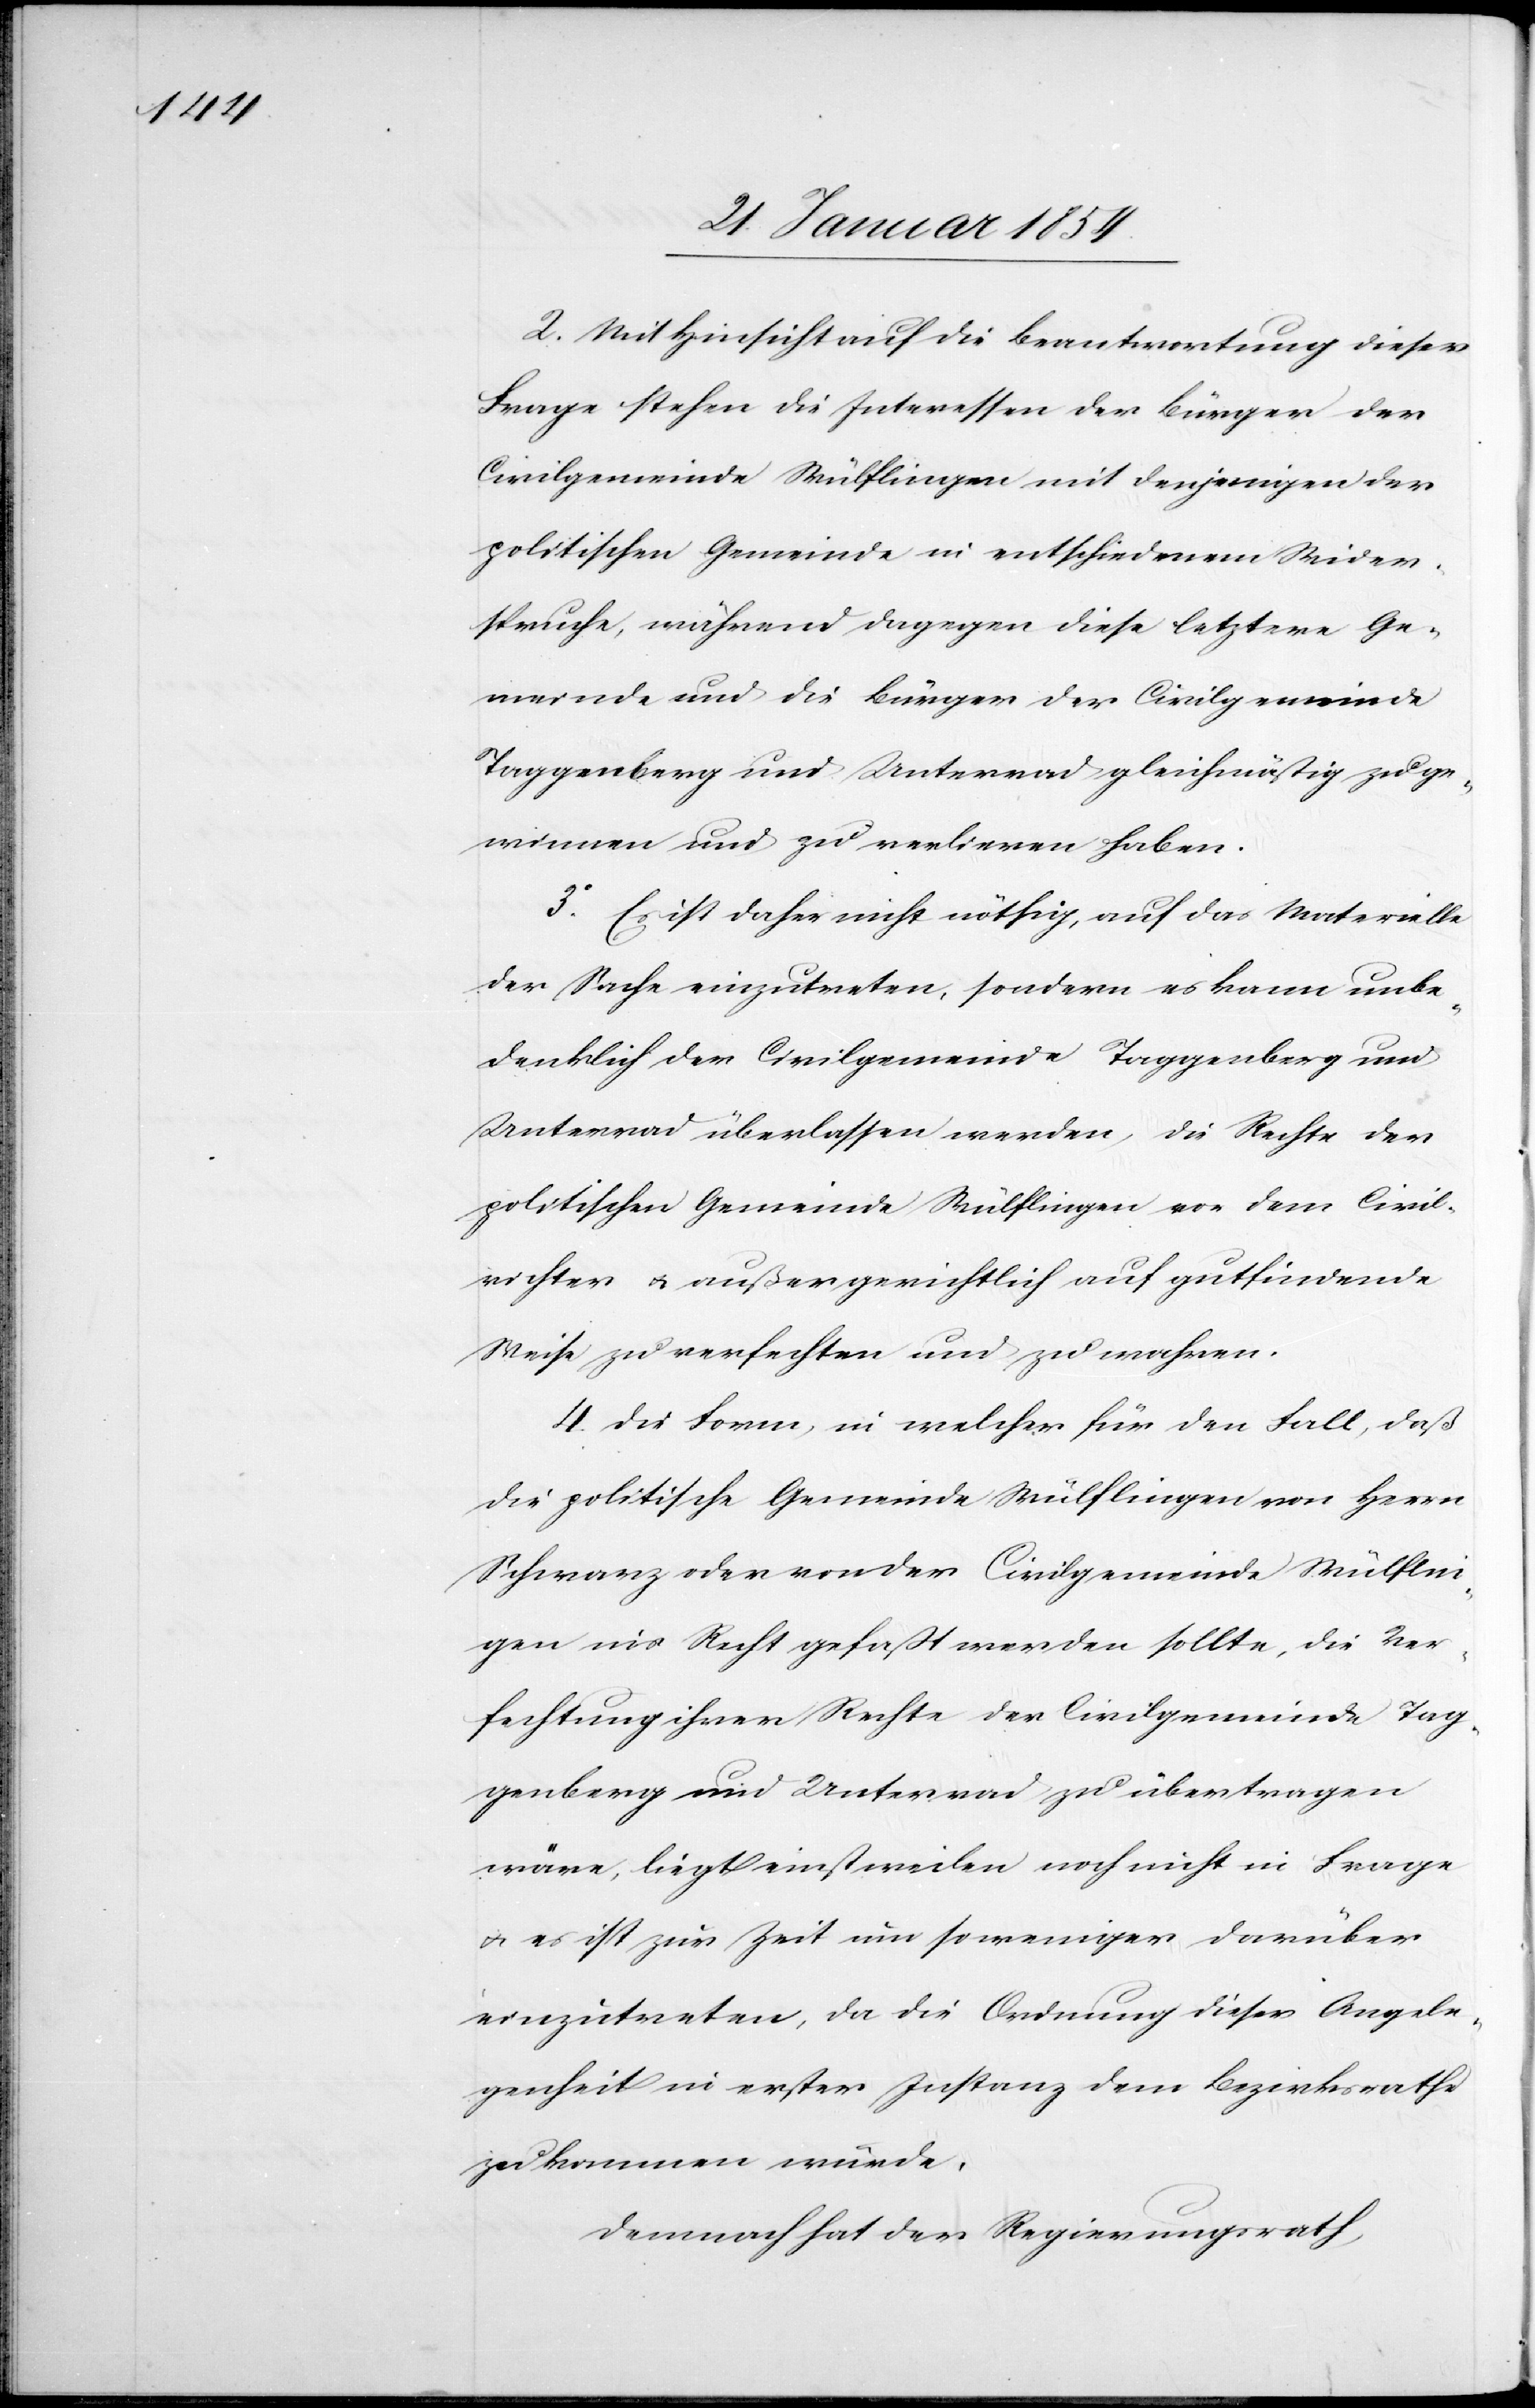
2. Mit Hinsicht auf die Beantwortung dieser
Frage stehen die Interessen der Bürger der
Civilgemeinde Wülflingen mit denjenigen der
politischen Gemeinde in entschiedenem Wider¬
spruche, während dagegen diese letztere Ge¬
meinde und die Bürger der Civilgemeinde
Taggenberg und Unterrad gleichmäßig zu ge¬
winnen und zu verlieren haben.
3o Es ist daher nicht nöthig, auf das Materielle
der Sache einzutreten, sondern es kann unbe¬
denklich der Civilgemeinde Taggenberg und
Unterrad überlassen werden, die Rechte der
politischen Gemeinde Wülflingen von dem Civil¬
richter u. außergerichtlich auf gutfindende
Weise zu verfechten und zu wahren.
4. Die Form, in welcher für den Fall, daß
die politische Gemeinde Wülflingen von Herrn
Schwarz oder von der Civilgemeinde Wülflin¬
gen ins Recht gefaßt werden sollte, die Ver¬
fechtung ihrer Rechte der Civilgemeinde Tag¬
genberg und Unterrad zu übertragen
wäre, liegt einstweilen noch nicht in Frage
u. es ist zur Zeit um so weniger darüber
einzutreten, da die Ordnung dieser Angele¬
genheit in erster Instanz dem Bezirksrath
zukommen würde.
Demnach hat der Regierungsrath,